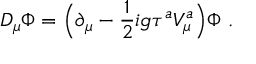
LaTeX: D _ { \mu } \Phi = \Bigl ( \partial _ { \mu } - \frac { 1 } { 2 } i g \tau ^ { a } V _ { \mu } ^ { a } \Bigr ) \Phi \ .